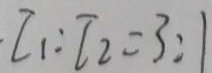
I _ { 1 } : I _ { 2 } = 3 : 1